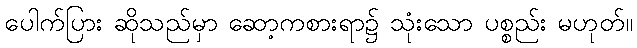
ပေါက်ပြား ဆိုသည်မှာ ဆော့ကစားရာ၌ သုံးသော ပစ္စည်း မဟုတ်။